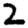
Digit: 2